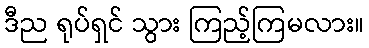
ဒီည ရုပ်ရှင် သွား ကြည့်ကြမလား။